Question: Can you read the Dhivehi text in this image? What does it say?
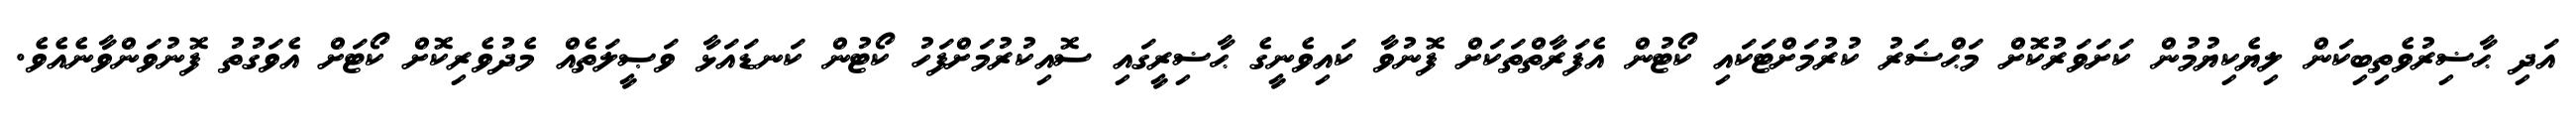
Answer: އަދި ޙާޟިރުވެތިބިކަން ލިޔެކިޔުމުން ކަށަވަރުކޮށް މަޙްޟަރު ކުރުމަށްޓަކައި ކޯޓުން އެފަރާތްތަކަށް ފޮނުވާ ކައިވެނީގެ ޙާޟިރީގައި ސޮއިކުރުމަށްފަހު ކޯޓުން ކަނޑައަޅާ ވަޞީލަތެއް މެދުވެރިކޮށް ކޯޓަށް އެވަގުތު ފޮނުވަންވާނެއެވެ.